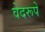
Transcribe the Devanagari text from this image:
वेदरूपें